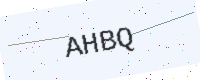
Text: AHBQ